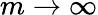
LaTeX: m\rightarrow\infty